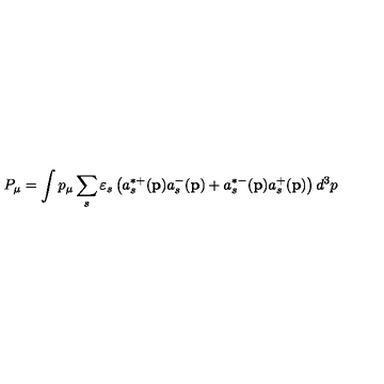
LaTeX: P _ { \mu } = \int p _ { \mu } \sum _ { s } \varepsilon _ { s } \left( a _ { s } ^ { * + } ( \mathbf { p } ) a _ { s } ^ { - } ( \mathbf { p } ) + a _ { s } ^ { * - } ( \mathbf { p } ) a _ { s } ^ { + } ( \mathbf { p } ) \right) d ^ { 3 } p